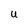
Character: u